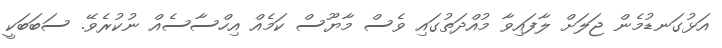
އަޅުގަނޑުމެން ޖަލަށް ލާފައިވާ މުއްދަތުގައި ވެސް މާޔޫސް ކަމެއް އިހްސާސެއް ނުކުރެވޭ. ސަބަބަކީ